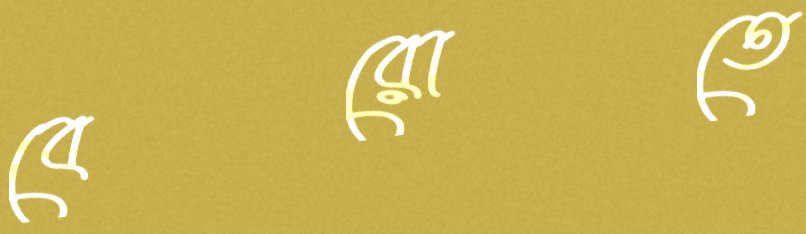
বেরোতে